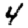
Digit: 4